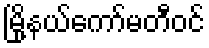
မြို့နယ်ကော်မတီဝင်